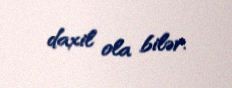
daxil ola bilər.